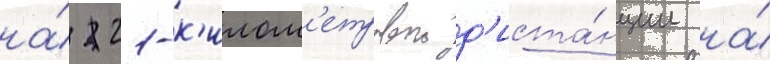
на́ 21-к'илом'етровои д'иста́нции на́